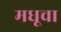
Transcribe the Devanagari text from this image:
मधूचा